Lunatic asylums in Bengal annual reports 1899-1911 - 1899-1911
Year: 1899
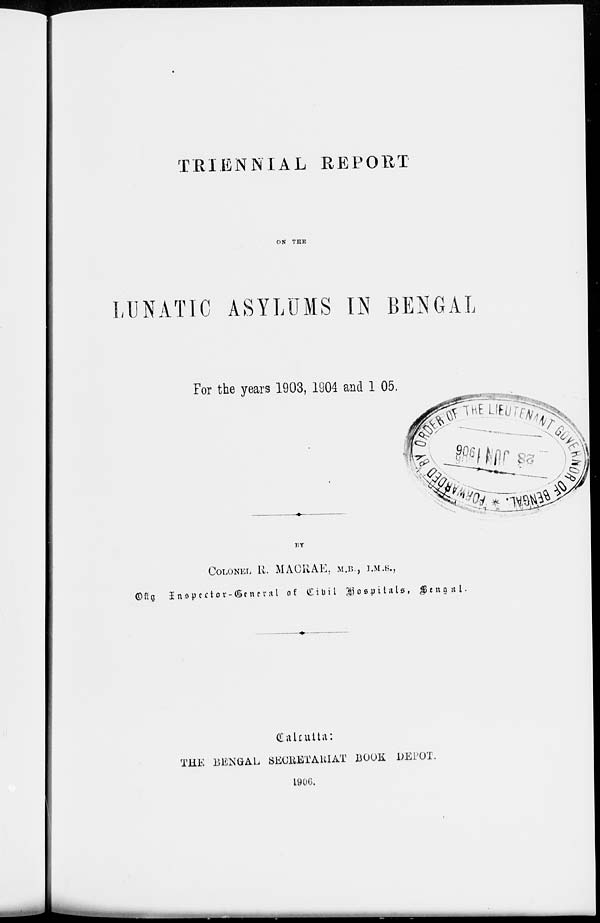
TRIENNIAL REPORT
ON THE
LUNATIC ASYLUMS IN BENGAL
For the years 1903, 1904 and 1905.
BY
COLONEL R. MACRAE, M.B., I.M.S.,
Offg Inspector-General of Civil Hospitals, Bengal.
Calcutta:
THE BENGAL SECRETARIAT BOOK DEPÔT.
1906.